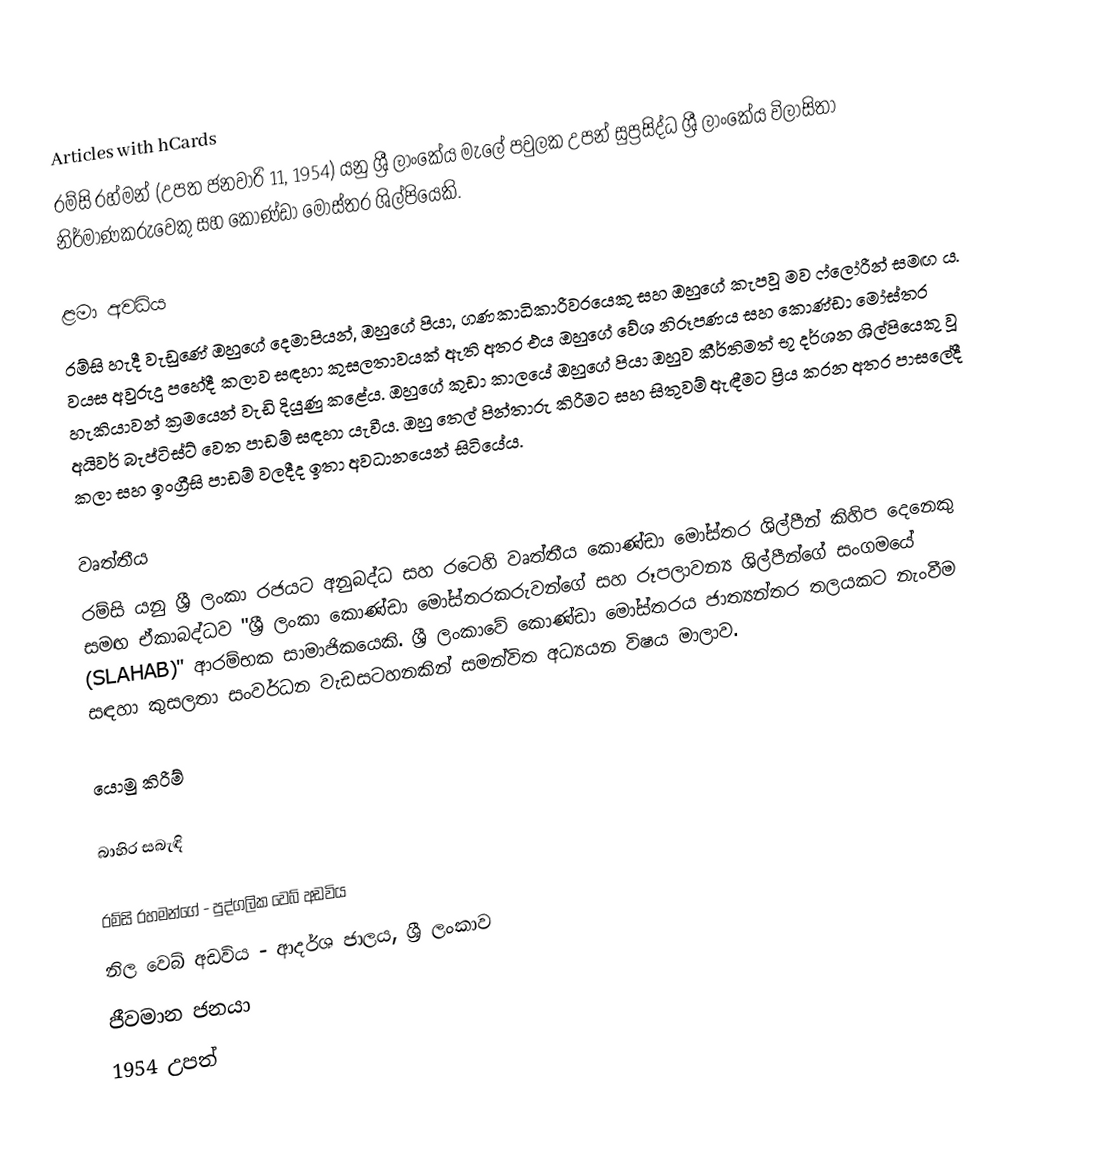
Articles with hCards
රම්සි රහ්මන් (උපත ජනවාරි 11, 1954) යනු ශ්‍රී ලාංකේය මැලේ පවුලක උපන් සුප්‍රසිද්ධ ශ්‍රී ලාංකේය විලාසිතා නිර්මාණකරුවෙකු සහ කොණ්ඩා මෝස්තර ශිල්පියෙකි.

ළමා අවධිය
රම්සි හැදී වැඩුණේ ඔහුගේ දෙමාපියන්, ඔහුගේ පියා, ගණකාධිකාරීවරයෙකු සහ ඔහුගේ කැපවූ මව ෆ්ලෝරීන් සමඟ ය. වයස අවුරුදු පහේදී කලාව සඳහා කුසලතාවයක් ඇති අතර එය ඔහුගේ වේශ නිරූපණය සහ කොණ්ඩා මෝස්තර හැකියාවන් ක්‍රමයෙන් වැඩි දියුණු කළේය. ඔහුගේ කුඩා කාලයේ ඔහුගේ පියා ඔහුව කීර්තිමත් භූ දර්ශන ශිල්පියෙකු වූ අයිවර් බැප්ටිස්ට් වෙත පාඩම් සඳහා යැවීය. ඔහු තෙල් පින්තාරු කිරීමට සහ සිතුවම් ඇඳීමට ප්‍රිය කරන අතර පාසලේදී කලා සහ ඉංග්‍රීසි පාඩම් වලදීද ඉතා අවධානයෙන් සිටියේය.

වෘත්තීය
රම්සි යනු ශ්‍රී ලංකා රජයට අනුබද්ධ සහ රටෙහි වෘත්තීය කොණ්ඩා මෝස්තර ශිල්පීන් කිහිප දෙනෙකු සමඟ ඒකාබද්ධව "ශ්‍රී ලංකා කොණ්ඩා මෝස්තරකරුවන්ගේ සහ රූපලාවන්‍ය ශිල්පීන්ගේ සංගමයේ (SLAHAB)" ආරම්භක සාමාජිකයෙකි. ශ්‍රී ලංකාවේ කොණ්ඩා මෝස්තරය ජාත්‍යන්තර තලයකට නැංවීම සඳහා කුසලතා සංවර්ධන වැඩසටහනකින් සමන්විත අධ්‍යයන විෂය මාලාව.

යොමු කිරීම්

බාහිර සබැඳි

 රම්සි රහමන්ගේ - පුද්ගලික වෙබ් අඩවිය
 නිල වෙබ් අඩවිය - ආදර්ශ ජාලය, ශ්‍රී ලංකාව
ජීවමාන ජනයා
1954 උපත්